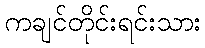
ကချင်တိုင်းရင်းသား